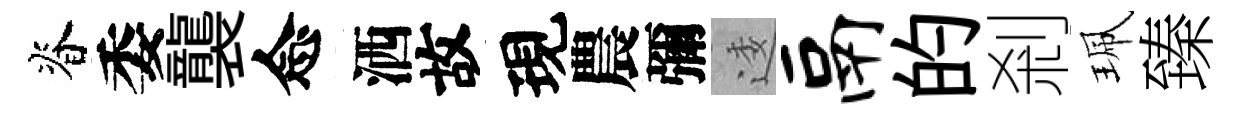
脊委襲念洒故現農彌逶鬲的剎珮臻